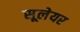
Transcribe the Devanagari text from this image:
सूलेयर